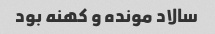
سالاد مونده و کهنه بود